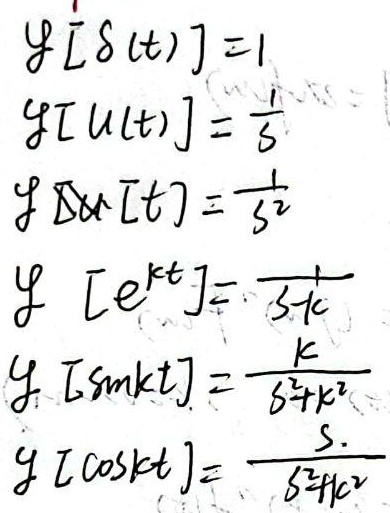
\(\mathcal{L}[\delta(t)] = 1\)，\(\mathcal{L}[u(t)]=\frac{1}{s}\)，\(\mathcal{L}[t]=\frac{1}{s^{2}}\)，\(\mathcal{L}[e^{kt}]=\frac{1}{s - k}\)，\(\mathcal{L}[\sin kt]=\frac{k}{s^{2}+k^{2}}\)，\(\mathcal{L}[\cos kt]=\frac{s}{s^{2}+k^{2}}\)